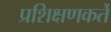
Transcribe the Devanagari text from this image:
प्रशिक्षणकर्ते